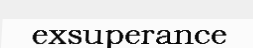
exsuperance